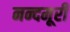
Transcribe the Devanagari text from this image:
नन्दमूरी